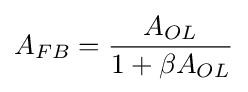
A_{FB}={\frac {A_{OL}}{1+\beta A_{OL}}}